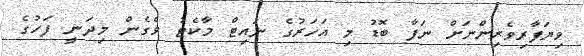
ވިޔަފާރިވެރިންނަށް ނަފާ ބޮޑު މި އަހަރުގެ ނައިޓް މާކެޓު ވެގެން މިދަނީ ފަހުގެ